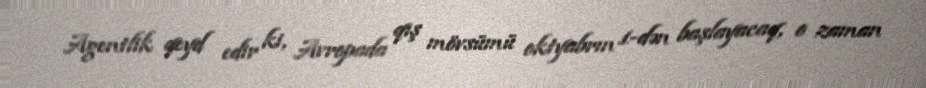
Agentlik qeyd edir ki, Avropada qış mövsümü oktyabrın 1-dən başlayacaq, o zaman